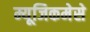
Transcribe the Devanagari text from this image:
म्यूजिकमेसे